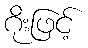
ဂိုးဖြင့်